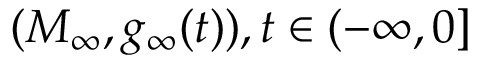
( M _ { \infty } , g _ { \infty } ( t ) ) , t \in ( - \infty , 0 ]